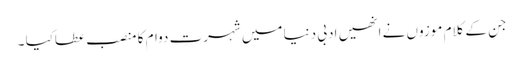
جن کے کلام موزوں نے انھیں ادبی دنیا میں شہرتِ دوام کا منصب عطاکیا ۔